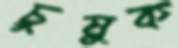
চুষুক